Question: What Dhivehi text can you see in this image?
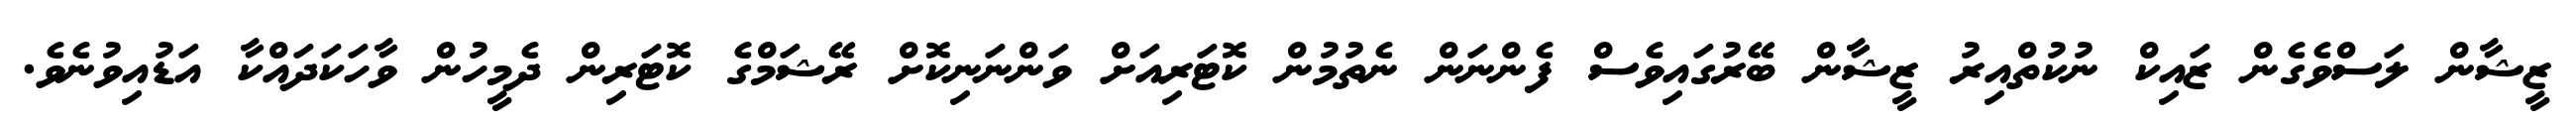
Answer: ޒީޝާން ލަސްވެގެން ޒައިކް ނުކުތްއިރު ޒީޝާން ބޭރުގައިވެސް ފެންނަން ނެތުމުން ކޮޓަރިއަށް ވަންނަނިކޮށް ރޭޝަމްގެ ކޮޓަރިން ދެމީހުން ވާހަކަދައްކާ އަޑުއިވުނެވެ.